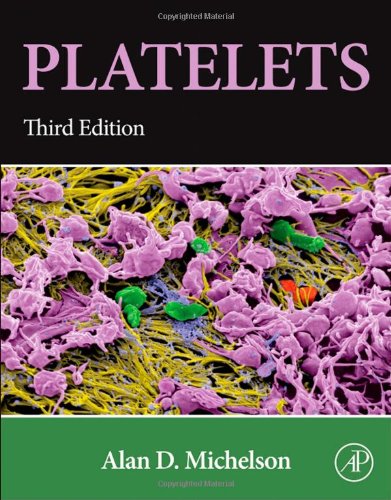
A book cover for Platelets, Third Edition; Medical Books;